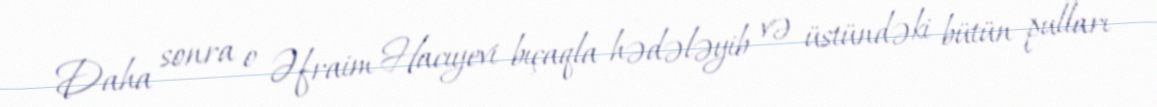
Daha sonra o Əfraim Hacıyevi bıçaqla hədələyib və üstündəki bütün pulları